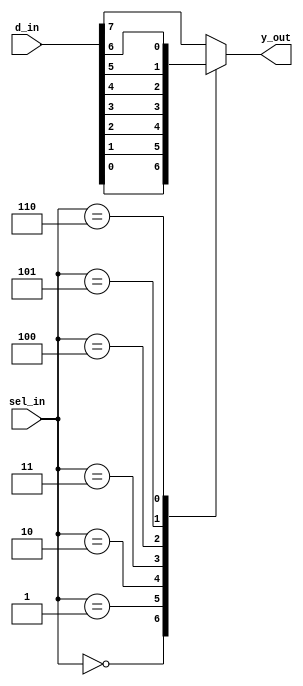
`timescale 1ns / 1ps
//////////////////////////////////////////////////////////////////////////////////
// Company: 
// Engineer: 
// 
// Design Name: 
// Module Name: mux_8to1_case
// Project Name: 
// Target Devices: 
// Tool Versions: 
// Description: 
// 
// Dependencies: 
// 
// Revision:
// Revision 0.01 - File Created
// Additional Comments:
// 
//////////////////////////////////////////////////////////////////////////////////


module mux_8to1_case(
input[7:0] d_in,
input[2:0] sel_in,
output reg y_out);

always@(*)
begin
 case(sel_in)
 3'b000 :y_out=d_in[0];
 3'b001 :y_out=d_in[1];
 3'b010 :y_out=d_in[2];
 3'b011 :y_out=d_in[3];
 3'b100 :y_out=d_in[4];
 3'b101 :y_out=d_in[5];
 3'b110 :y_out=d_in[6];
 default :y_out=d_in[7];
 endcase
 end
endmodule